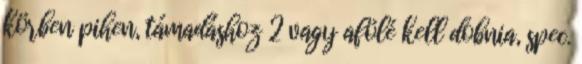
körben pihen, támadáshoz 2 vagy afölé kell dobnia, spec.